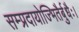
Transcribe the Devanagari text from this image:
सम्प्रदायोज्भितैर्बुधैः।